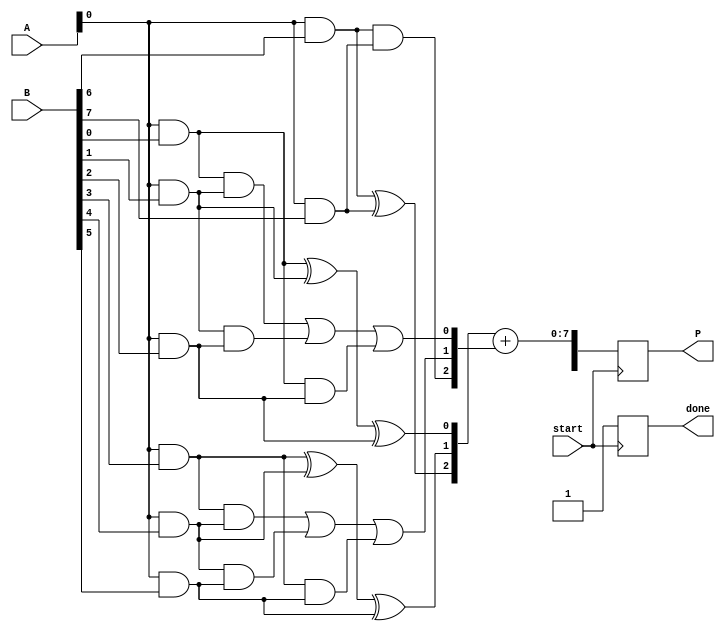
module WallaceTreeMultiplier #(
    parameter N = 8  // Bit-width of the input operands
) (
    input  [N-1:0] A,         // First operand
    input  [N-1:0] B,         // Second operand
    input  start,             // Signal to start multiplication
    output reg [2*N-1:0] P,   // Product output
    output reg done           // Signal indicating multiplication is done
);
    
    // Partial product generation
    wire [N-1:0] pp [0:N-1];  // Partial products
    genvar i;
    generate
        for (i = 0; i < N; i = i + 1) begin : pp_gen
            assign pp[i] = A & {N{B[i]}};
        end
    endgenerate

    // Wallace tree structure
    wire [N-1:0] sum [0:N-1]; // Level-wise sums
    wire [N-1:0] carry [0:N-1]; // Level-wise carries

    // Carry-Save Adder (CSA) implementation
    genvar j, k;
    generate
        for (j = 0; j < N-1; j = j + 1) begin : wallace_tree
            for (k = 0; k < (N + 1) / 3; k = k + 1) begin : CSA_level
                if (3*k < N) begin
                    if (3*k+2 < N) begin
                        assign sum[j][k] = pp[3*k] ^ pp[3*k+1] ^ pp[3*k+2];
                        assign carry[j][k] = (pp[3*k] & pp[3*k+1]) | (pp[3*k+1] & pp[3*k+2]) | (pp[3*k] & pp[3*k+2]);
                    end else if (3*k+1 < N) begin
                        assign sum[j][k] = pp[3*k] ^ pp[3*k+1];
                        assign carry[j][k] = pp[3*k] & pp[3*k+1];
                    end else begin
                        assign sum[j][k] = pp[3*k];
                        assign carry[j][k] = 0;
                    end
                end
            end
        end
    endgenerate

    // Final addition - using a standard adder for the last two sums and carries
    wire [N-1:0] final_sum, final_carry;
    assign final_sum = sum[N-2] + carry[N-2];

    // Output assignment
    always @(posedge start) begin
        P <= {final_carry, final_sum};
        done <= 1'b1;  // Signal that multiplication is done
    end

endmodule